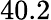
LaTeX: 40.2